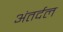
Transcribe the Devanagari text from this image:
अंतर्दल